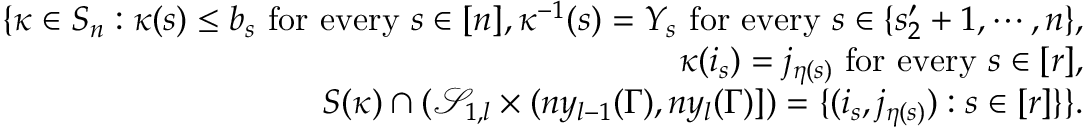
\begin{array} { r l r } & { } & { \{ \kappa \in S _ { n } : \kappa ( s ) \leq b _ { s } \mathrm { ~ f o r ~ e v e r y ~ } s \in [ n ] , \kappa ^ { - 1 } ( s ) = Y _ { s } \mathrm { ~ f o r ~ e v e r y ~ } s \in \{ s _ { 2 } ^ { \prime } + 1 , \cdots , n \} , } \\ & { } & { \quad \kappa ( i _ { s } ) = j _ { \eta ( s ) } \mathrm { ~ f o r ~ e v e r y ~ } s \in [ r ] , } \\ & { } & { \quad S ( \kappa ) \cap ( \mathcal { S } _ { 1 , l } \times ( n y _ { l - 1 } ( \Gamma ) , n y _ { l } ( \Gamma ) ] ) = \{ ( i _ { s } , j _ { \eta ( s ) } ) : s \in [ r ] \} \} . } \end{array}